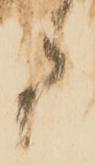
郎